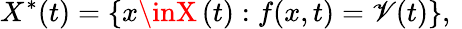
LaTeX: X^{\ast}(t)=\{ x\inX\left(t\right):f(x,t)=\mathscr{V}(t)\} {\mathrm{{,~}}}